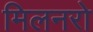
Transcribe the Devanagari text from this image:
मिलनरो